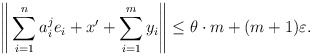
\begin{align*} \Bigg\|\sum_{i=1}^n a^j_i e_i + x' + \sum_{i=1}^{m} y_i\Bigg\|\leq \theta \cdot m+(m+1)\varepsilon. \end{align*}